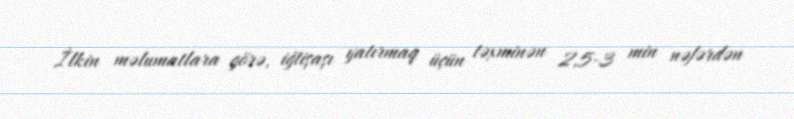
İlkin məlumatlara görə, iğtişaşı yatırmaq üçün təxminən 2,5-3 min nəfərdən